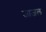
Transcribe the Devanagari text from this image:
जाजल